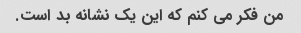
من فکر می کنم که این یک نشانه بد است.